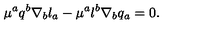
\mu ^ { a } q ^ { b } \nabla _ { b } l _ { a } - \mu ^ { a } l ^ { b } \nabla _ { b } q _ { a } = 0 .